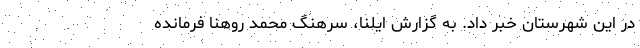
در این شهرستان خبر داد. به گزارش ایلنا، سرهنگ محمد روهنا فرمانده